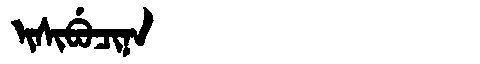
Manchu: ᡳᠰᡳᠪᡠᠴᡳᠨᠠ
Romanization: ISIBUCINA